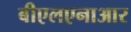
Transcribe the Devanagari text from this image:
बीएलएनाआर